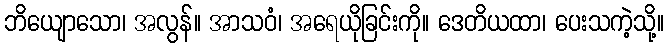
ဘိယျောသော၊ အလွန်။ အာသဝံ၊ အရေယိုခြင်းကို။ ဒေတိယထာ၊ ပေးသကဲ့သို့။